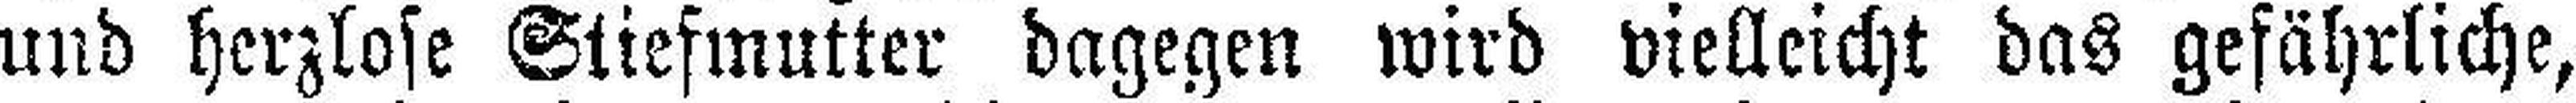
und herzlose Stiefmutter dagegen wird vielleicht das gefährliche,